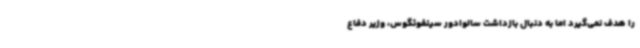
را هدف نمی‌گیرد اما به دنبال بازداشت سالوادور سینفوئگوس، وزیر دفاع